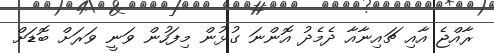
ރާއްޖެ އާއި ޗައިނާއާ ދެމެދުު އޮންނަ ގުޅުން މިފަހުން ވަނީ ވަރަށް ބޮޑަށް